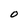
Character: O